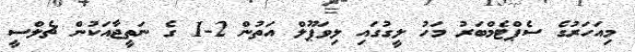
މިއަހަރުގެ ސެޕްޓެމްބަރު މަހު ލީގުގައި ލިވަޕޫލް އަތުން 2-1 ގެ ނަތީޖާއަކުން ޗެލްސީ